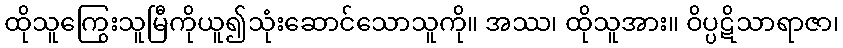
ထိုသူကြွေးသူမြီကိုယူ၍သုံးဆောင်သောသူကို။ အဿ၊ ထိုသူအား။ ဝိပ္ပဋိသာရာဇာ၊